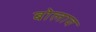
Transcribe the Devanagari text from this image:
बोलाव